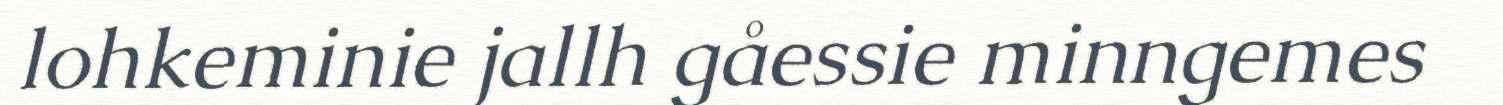
lohkeminie jallh gåessie minngemes